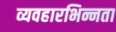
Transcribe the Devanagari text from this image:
व्यवहारभिन्नता